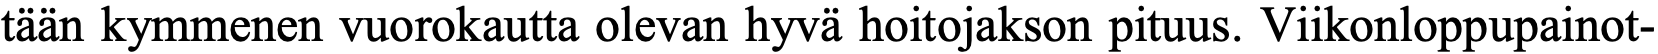
tään kymmenen vuorokautta olevan hyvä hoitojakson pituus. Viikonloppupainot-